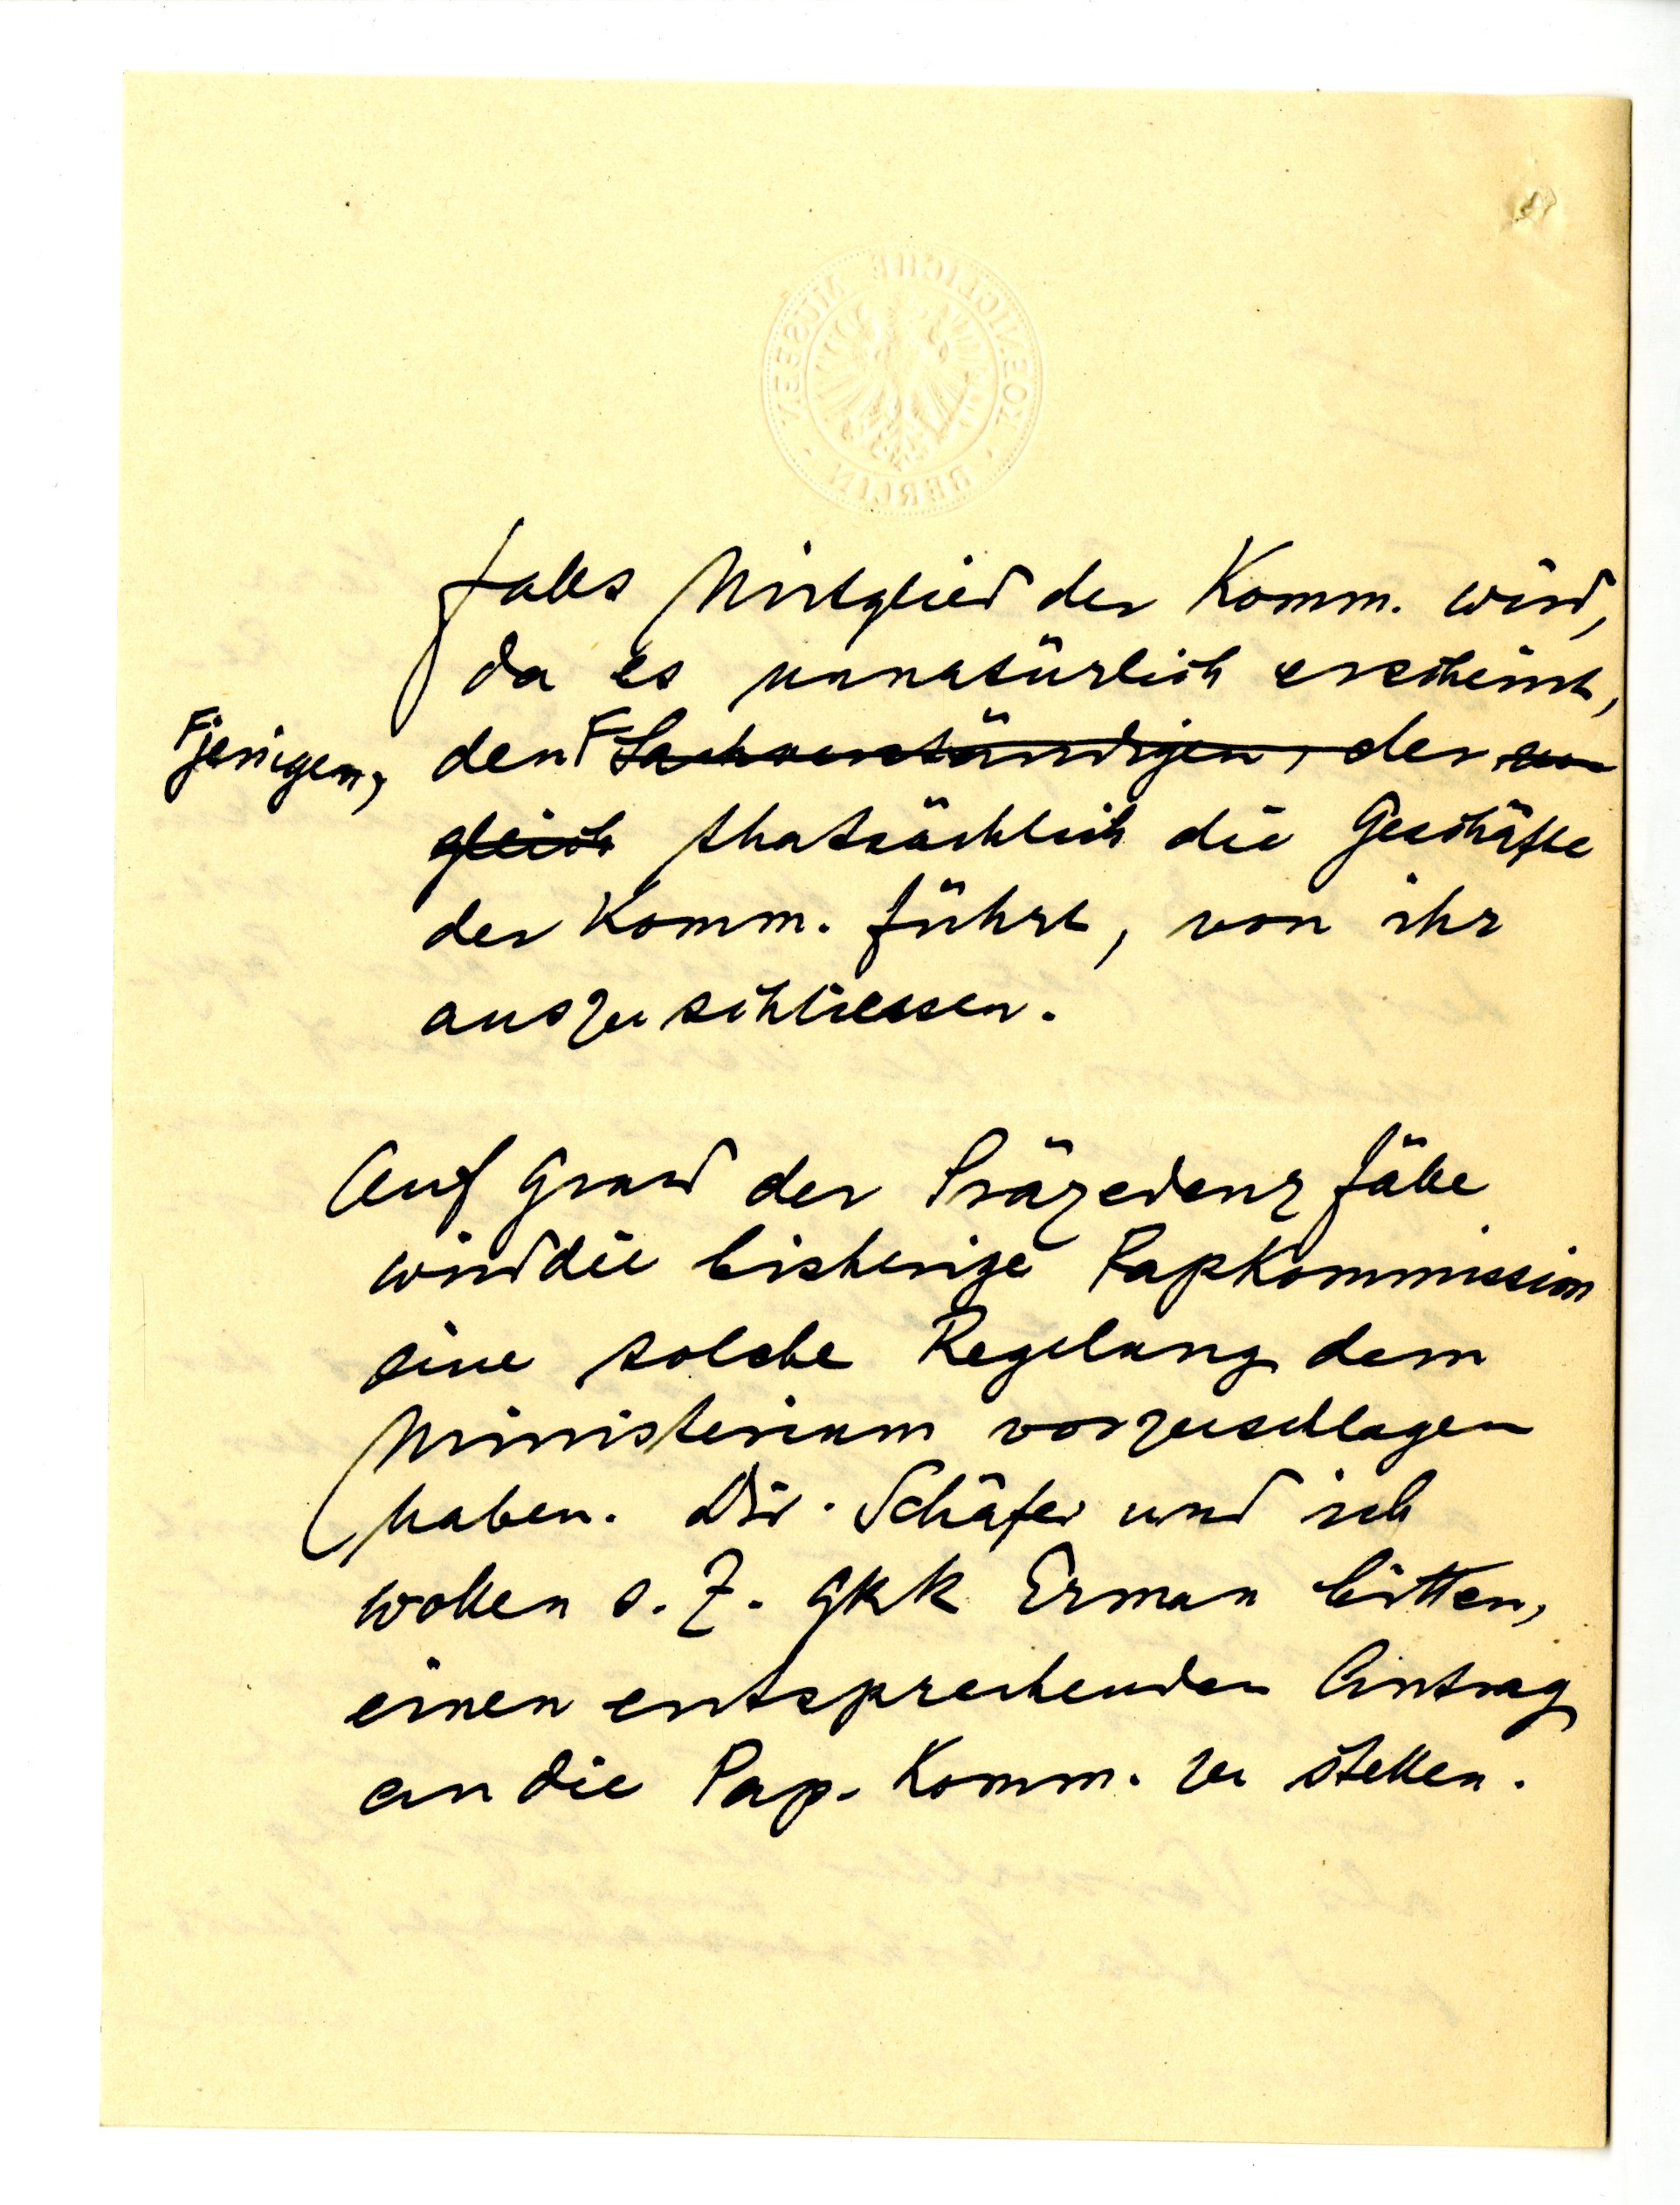
falls Mitglied der Komm. wird,
da es unnatürlich erscheint,
Gerigen den F, der
thatsächlich die Geschäfte,
der Komm. führt, von ihr
auszuschliessen.
Auf Grund der Präzedenzfälle
wird die bisherige Papkommission
eine solche Regelung dem
Ministerium vorzuschlagen
haben. Dr. Schäfer und ich
wollen z. Z. GRR Erman bitten,
einen entsprechenden Antrag
an die Pap. Komm. zu stellen.